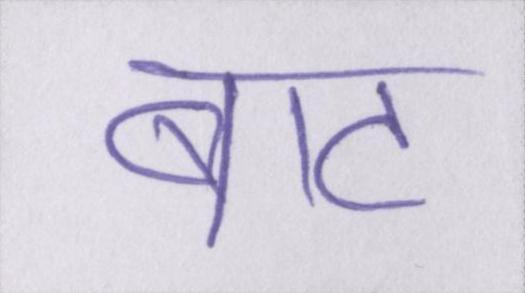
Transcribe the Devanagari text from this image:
बाट